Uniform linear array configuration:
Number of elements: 32
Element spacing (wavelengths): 0.75
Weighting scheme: kaiser
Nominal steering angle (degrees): -60
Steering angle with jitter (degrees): -58.068
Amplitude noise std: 0.05
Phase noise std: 0.05

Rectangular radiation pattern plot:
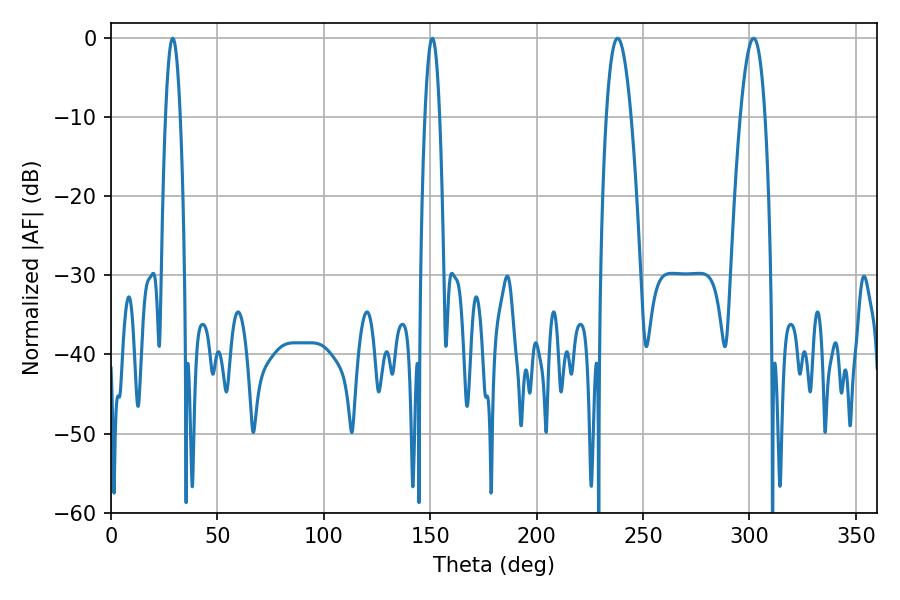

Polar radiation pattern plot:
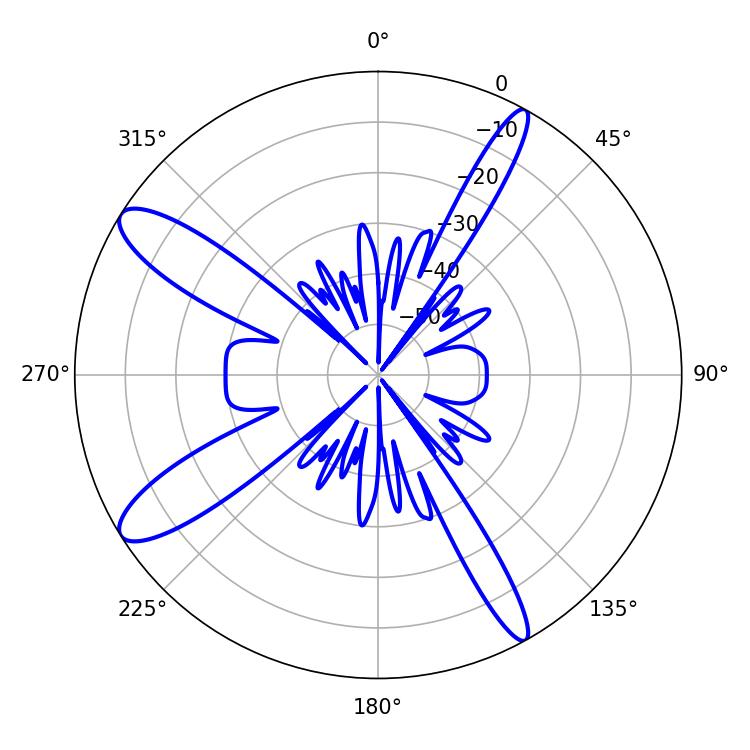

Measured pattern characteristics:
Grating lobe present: TRUE
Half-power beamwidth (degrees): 3.78
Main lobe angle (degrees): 28.98